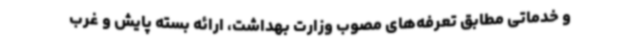
و خدماتی مطابق تعرفه‌های مصوب وزارت بهداشت، ارائه بسته پایش و غرب